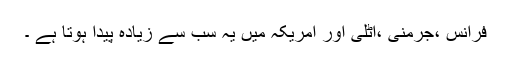
فرانس ،جرمنی ،اٹلی اور امریکہ میں یہ سب سے زیادہ پیدا ہوتا ہے ۔